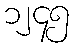
၁၂၄၅